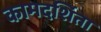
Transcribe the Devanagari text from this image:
कामदर्शिता